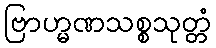
ဗြာဟ္မဏသစ္စသုတ္တံ